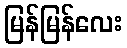
မြန်မြန်လေး